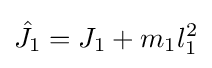
{\hat {J_{1}}}=J_{1}+m_{1}l_{1}^{2}